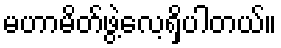
မဟာမိတ်ဖွဲ့လေ့ရှိပါတယ်။